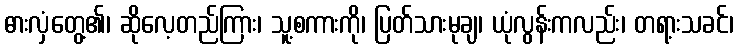
ဓားလှံတွေ့၏၊ ဆိုလေ့တည်ကြား၊ သူ့စကားကို၊ ပြတ်သားမုချ၊ ယုံလွန်းကလည်း၊ တရာ့းသခင်၊